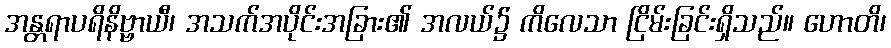
အန္တရာပရိနိဗ္ဗာယီ၊ အသက်အပိုင်းအခြား၏ အလယ်၌ ကိလေသာ ငြိမ်းခြင်းရှိသည်။ ဟောတိ၊